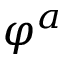
\varphi ^ { a }